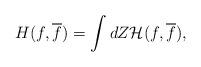
LaTeX: \begin{align*}H(f,\overline f)=\int dZ {\cal H}(f,\overline f),\end{align*}